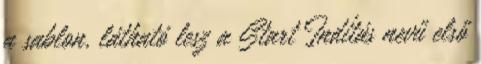
a sablon, látható lesz a Start Indítás nevű első